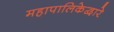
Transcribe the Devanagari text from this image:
महापालिकेद्वारे